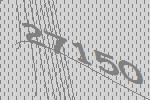
27150